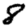
Digit: 8